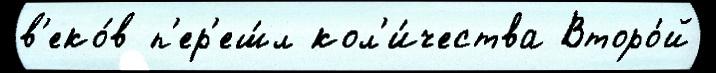
в'еко́в п'ер'еш́л кол'и́чества Второ́й